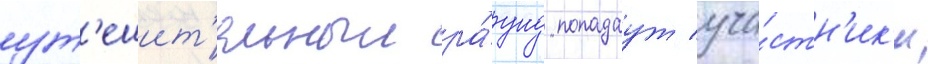
ут'ешит'ельныи ра́унд попадаут уча́стн'ик'и